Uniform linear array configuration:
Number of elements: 16
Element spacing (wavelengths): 0.75
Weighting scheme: blackman
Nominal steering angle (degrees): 60
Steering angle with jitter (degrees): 59.477
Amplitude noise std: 0.05
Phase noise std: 0.05

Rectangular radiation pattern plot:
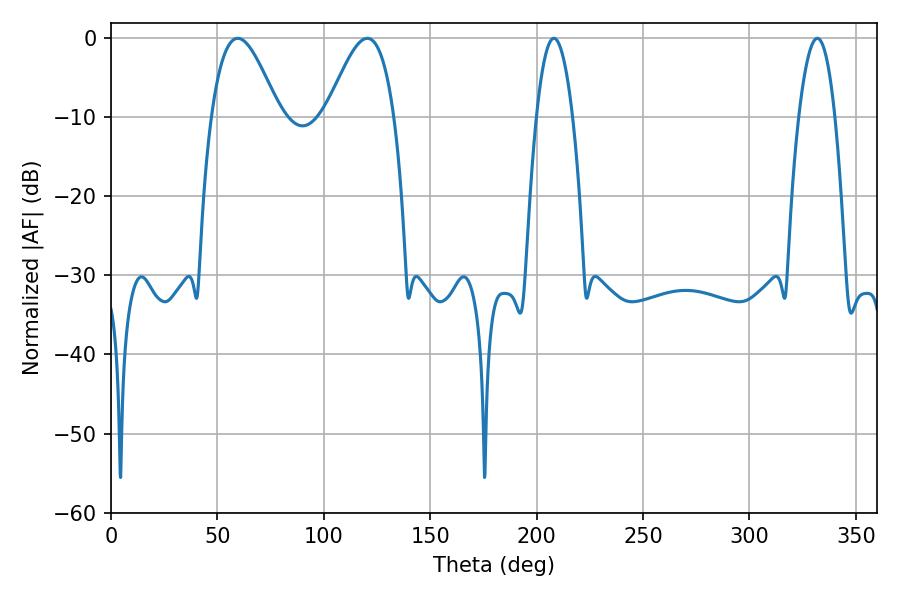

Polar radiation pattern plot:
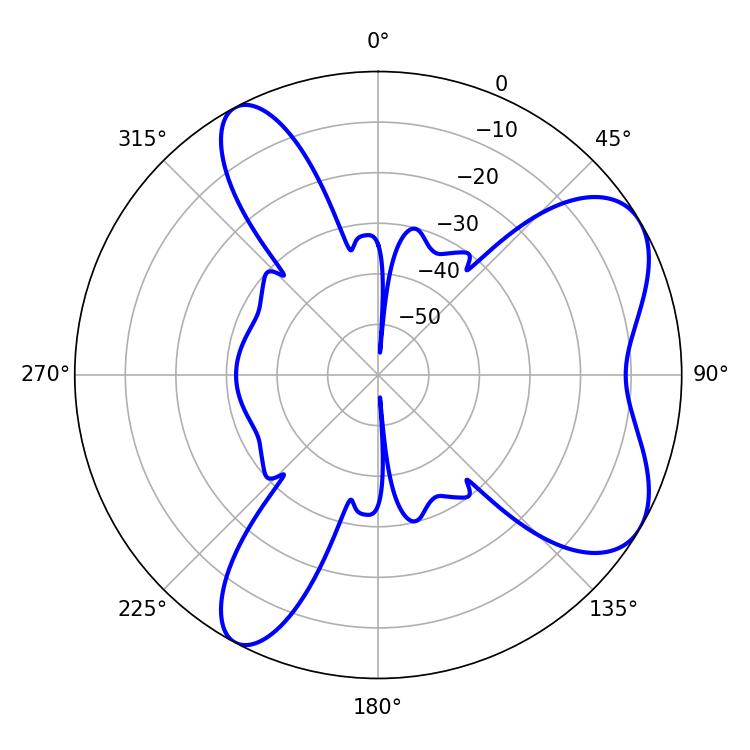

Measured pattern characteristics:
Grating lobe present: TRUE
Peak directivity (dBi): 6.701
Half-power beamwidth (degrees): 17.1
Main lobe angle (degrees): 59.58